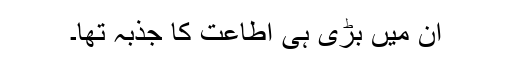
ان میں بڑی ہی اطاعت کا جذبہ تھا۔